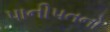
પાનીપતનો